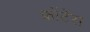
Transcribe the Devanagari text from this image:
फ्रोंटेरा